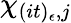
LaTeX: \chi_{(it)_{\epsilon},j}